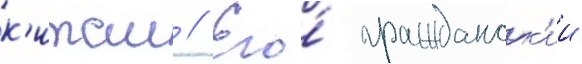
к'итаи // Его́ гражданск'ии